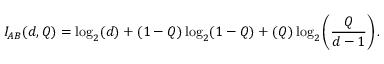
I _ { A B } ( d , Q ) = \log _ { 2 } ( d ) + ( 1 - Q ) \log _ { 2 } ( 1 - Q ) + ( Q ) \log _ { 2 } \left( \frac { Q } { d - 1 } \right) .